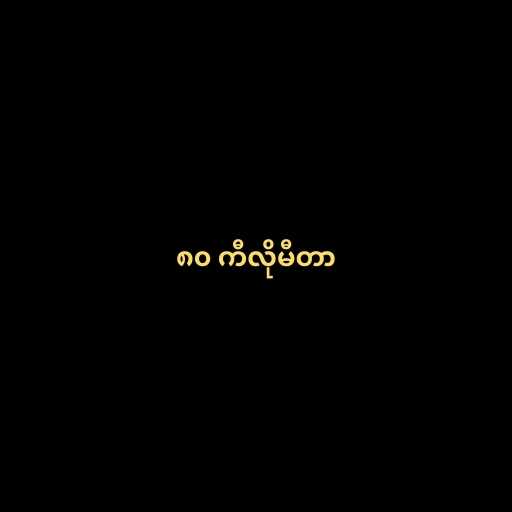
၈၀ ကီလိုမီတာ